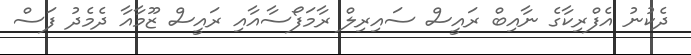
ދެކުނު އެފްރިކާގެ ނާއިބް ރައީސް ސައިރިލް ރާމަފޯސާއާއި ރައީސް ޒޫމާއާ ދެމެދު ފަސް